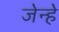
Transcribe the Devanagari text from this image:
जेन्हे